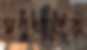
মণখানিক